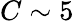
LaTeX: C\sim 5